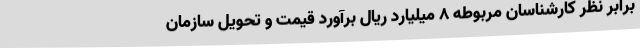
برابر نظر کارشناسان مربوطه 8 میلیارد ریال برآورد قیمت و تحویل سازمان